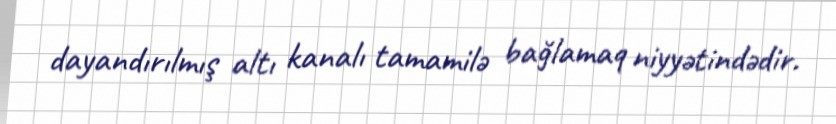
dayandırılmış altı kanalı tamamilə bağlamaq niyyətindədir.